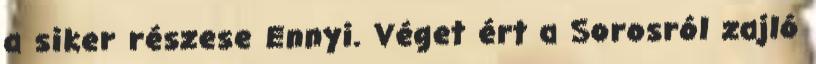
a siker részese Ennyi. Véget ért a Sorosról zajló